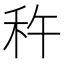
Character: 𫀩